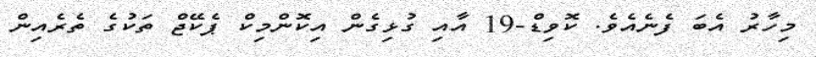
މިހާރު އެބަ ފެނެއެެވެ. ކޮވިޑް-19 އާއި ގުޅިގެން އިކޮންމިކް ޕެކޭޖް ތަކުގެ ތެރެއިން